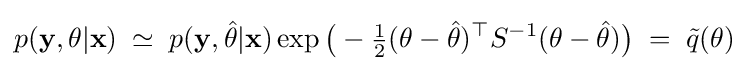
p({\bf {y}},\theta |{\bf {x}})\;\simeq \;p({\bf {y}},{\hat {\theta }}|{\bf {x}})\exp {\big (}-{\tfrac {1}{2}}(\theta -{\hat {\theta }})^{\top }S^{-1}(\theta -{\hat {\theta }}){\big )}\;=\;{\tilde {q}}(\theta )